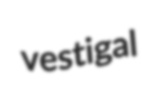
vestigal